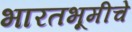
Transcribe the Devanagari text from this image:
भारतभूमीचे